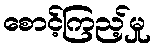
စောင့်ကြည့်မှု